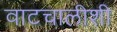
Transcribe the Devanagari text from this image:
वाटचालीशी